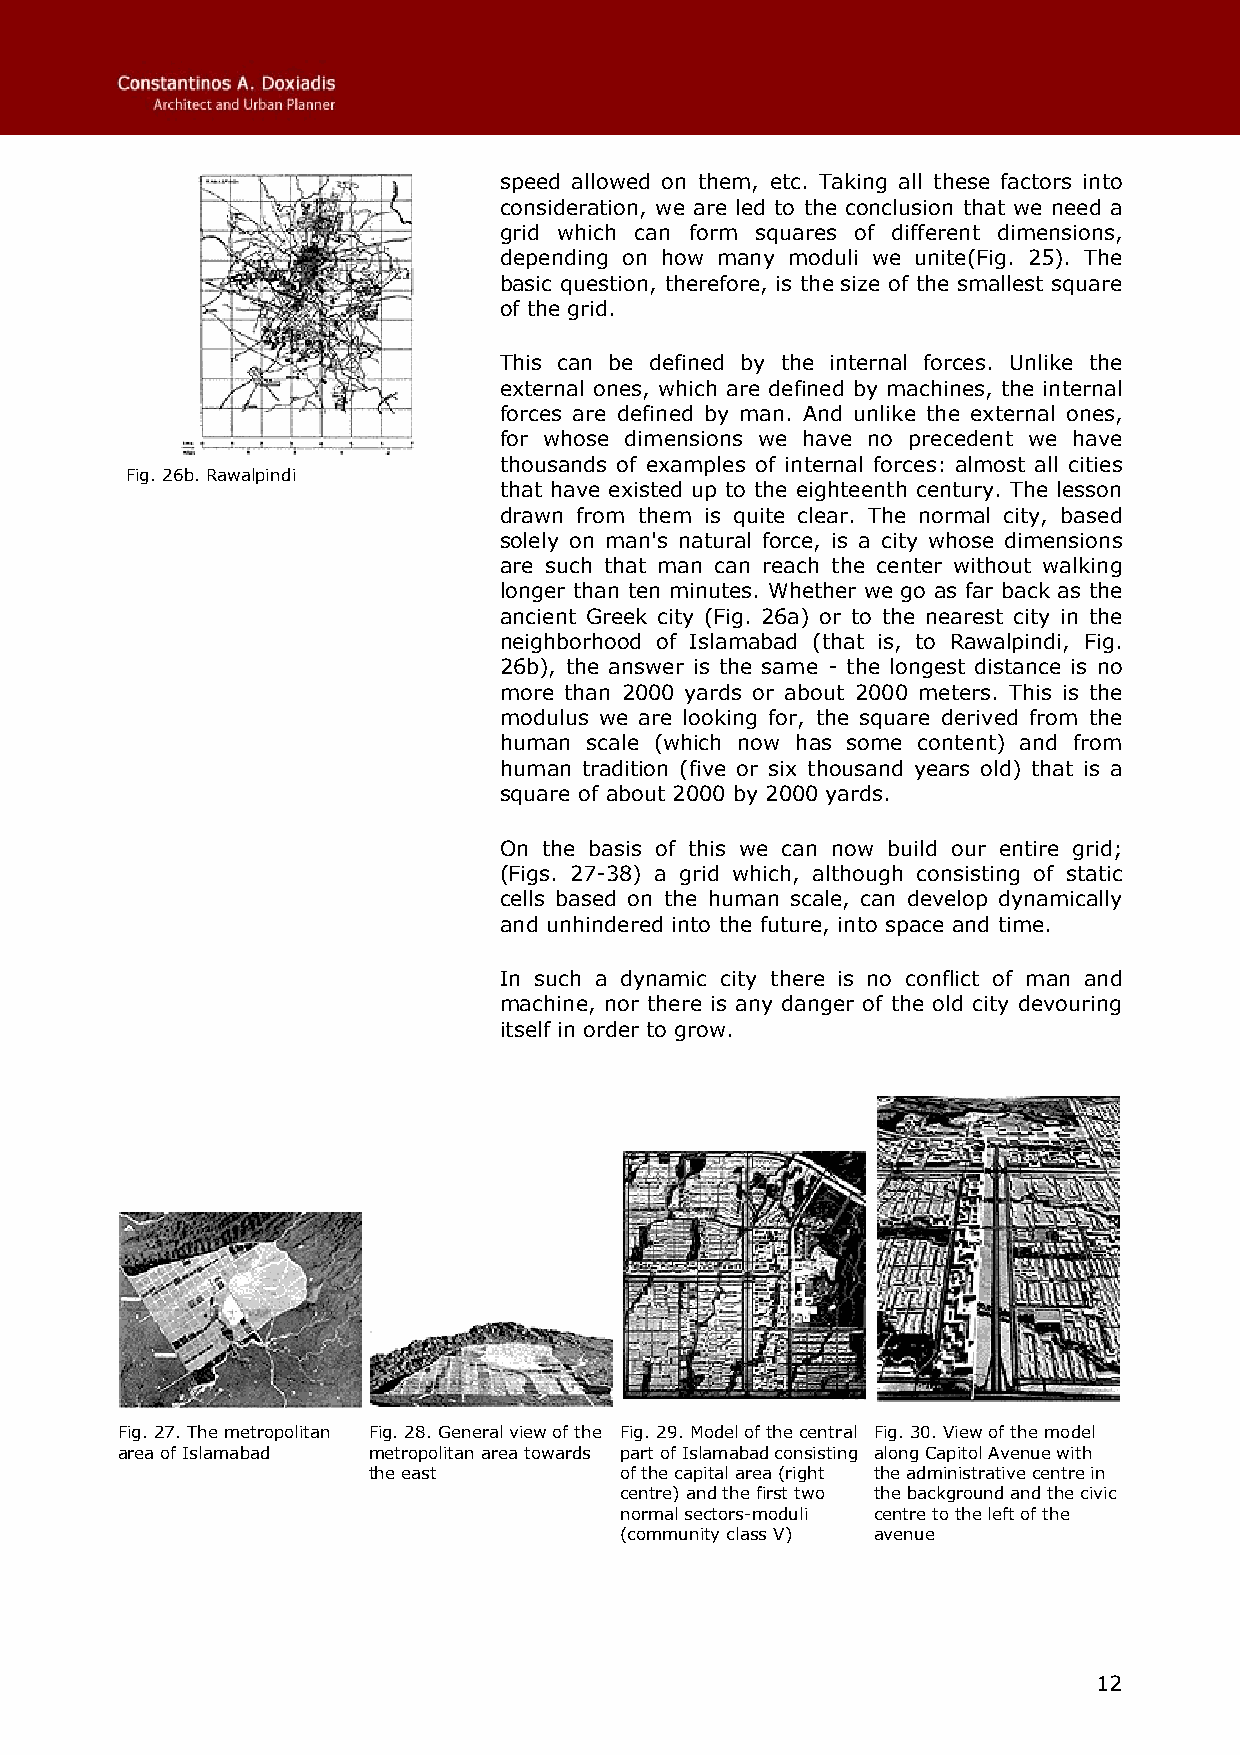
speed allowed on them, etc. Taking all these factors into
 consideration, we are led to the conclusion that we need a
 grid which can form squares of different dimensions,
 depending on how many moduli we unite(Fig. 25). The
 basic question, therefore, is the size of the smallest square
 of the grid.
 This can be defined by the internal forces. Unlike the
 external ones, which are defined by machines, the internal
 forces are defined by man. And unlike the external ones,
 for whose dimensions we have no precedent we have
 thousands of examples of internal forces: almost all cities
 Fig. 26b. Rawalpindi
 that have existed up to the eighteenth century. The lesson
 drawn from them is quite clear. The normal city, based
 solely on man's natural force, is a city whose dimensions
 are such that man can reach the center without walking
 longer than ten minutes. Whether we go as far back as the
 ancient Greek city (Fig. 26a) or to the nearest city in the
 neighborhood of Islamabad (that is, to Rawalpindi, Fig.
 26b), the answer is the same - the longest distance is no
 more than 2000 yards or about 2000 meters. This is the
 modulus we are looking for, the square derived from the
 human scale (which now has some content) and from
 human tradition (five or six thousand years old) that is a
 square of about 2000 by 2000 yards.
 On the basis of this we can now build our entire grid;
 (Figs. 27-38) a grid which, although consisting of static
 cells based on the human scale, can develop dynamically
 and unhindered into the future, into space and time.
 In such a dynamic city there is no conflict of man and
 machine, nor there is any danger of the old city devouring
 itself in order to grow.
 Fig. 27. The metropolitan Fig. 28. General view of the Fig. 29. Model of the central Fig. 30. View of the model
 area of Islamabad metropolitan area towards part of Islamabad consisting along Capitol Avenue with
 the east         of the capital area (right the administrative centre in
 centre) and the first two the background and the civic
 normal sectors-moduli centre to the left of the
 (community class V) avenue
 12